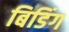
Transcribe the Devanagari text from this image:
बिडिंग